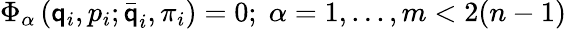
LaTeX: \Phi_{\alpha}\left(\mathsf{q}_{i},p_{i};\stackrel{\_ }{\mathsf{q}}_{i},\pi_{i}\right)=0;\; \alpha=1,...,m<2(n-1)